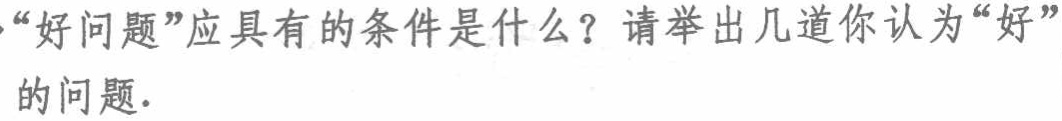
“好问题”应具有的条件是什么？请举出几道你认为“好”的问题．